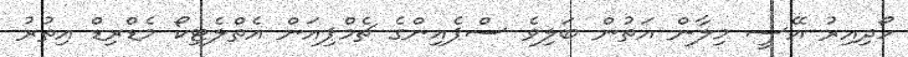
ހޯދިއިރު އޭސީ މިލާން އަތުން ބަލިވެ ސްޕެއިންގެ ޗެމްޕިއަން އެތްލެޓިކޯ މެޑްރިޑް އިތުރު